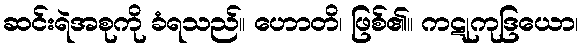
ဆင်းရဲအစုကို ခံရသည်။ ဟောတိ၊ ဖြစ်၏။ ကဋုကုဒြယော၊